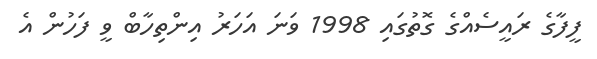
ފީފާގެ ރައީސެއްގެ ގޮތުގައި 1998 ވަނަ އަހަރު އިންތިހާބް ވީ ފަހުން އެ